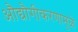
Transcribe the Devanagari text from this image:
औद्यौगीकरणामुळे